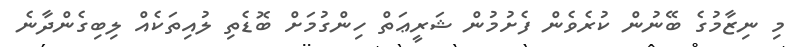
މި ނިޒާމުގެ ބޭނުން ކުރެވެން ފެށުމުން ޝަރީޢަތް ހިންގުމަށް ބޮޑެތި ލުއިތަކެއް ލިބިގެންދާނެ